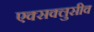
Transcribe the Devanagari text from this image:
एक्सक्लुसीव